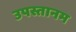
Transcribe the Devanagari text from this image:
उपस्तानम